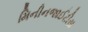
મિનીનજાઈટીસ